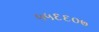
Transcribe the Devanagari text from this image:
५५६६०७